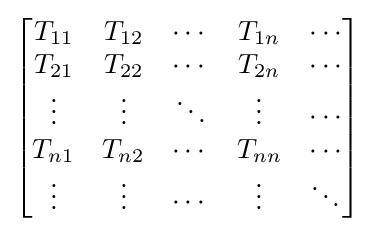
{\begin{bmatrix}T_{11}&T_{12}&\cdots &T_{1n}&\cdots \\T_{21}&T_{22}&\cdots &T_{2n}&\cdots \\\vdots &\vdots &\ddots &\vdots &\cdots \\T_{n1}&T_{n2}&\cdots &T_{nn}&\cdots \\\vdots &\vdots &\cdots &\vdots &\ddots \end{bmatrix}}